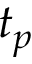
t _ { p }